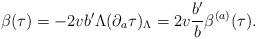
LaTeX: \begin{align*}\beta(\tau)=-2v b'\Lambda(\partial_a\tau)_\Lambda=2v{b'\over b}\beta^{(a)}(\tau).\end{align*}